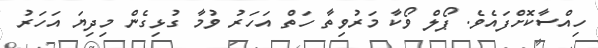
ހިއްސާކޮށްފައެވެ. ޕޯލް ވޯކާ މަރުވިތާ ހަތް އަހަރު ވުމާ ގުޅިގެން މިދިޔަ އަހަރު